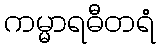
ကမ္မာရဓီတရံ